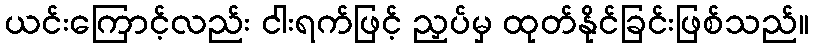
ယင်းကြောင့်လည်း ငါးရက်ဖြင့် ညှပ်မှ ထုတ်နိုင်ခြင်းဖြစ်သည်။